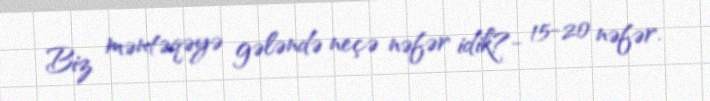
Biz məntəqəyə gələndə neçə nəfər idik?- 15-20 nəfər.